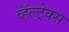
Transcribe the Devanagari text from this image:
व्हॅल्ट्रेक्स